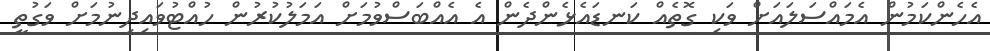
އެހެންކަމުން އެމައްސަލައަށް ވަކި ގޮތެއް ކަނޑައެޅެންދެން އެ އެއްބަސްވުމަށް އަމަލުކުރުން ހުއްޓުވައިދިނުމަށް ވަގުތީ